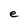
Character: e